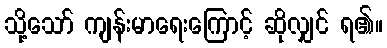
သို့သော် ကျန်းမာရေးကြောင့် ဆိုလျှင် ရ၏။